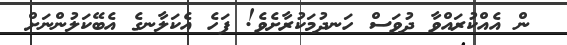
ން އެއްކުރައްވާ ދުވަސް ހަނދުމަކުރާށެވެ! ފަހެ އެކަލާނގެ އެބޭކަލުންނަށް